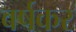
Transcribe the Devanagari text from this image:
वर्षकर